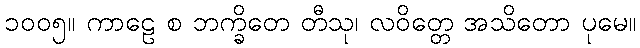
၁၀၀၅။ ကာဠေ စ ဘက္ခိတေ တီသု၊ လဝိတ္တေ အသိတော ပုမေ။